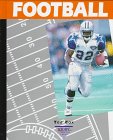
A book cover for Football (Successful Sports); Ted Cox; Teen & Young Adult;